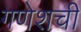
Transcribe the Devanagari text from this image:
गणेशची